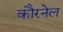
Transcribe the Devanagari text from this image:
कौरनेल